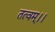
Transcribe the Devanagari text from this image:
तत्वम्।।